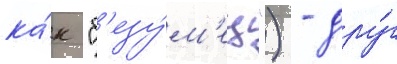
ка́к "б'езу́м'ец") - дру́г